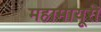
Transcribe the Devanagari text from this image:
महामायूरी